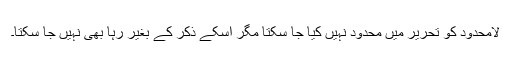
لامحدود کو تحریر میں محدود نہیں کیا جا سکتا مگر اسکے ذکر کے بغیر رہا بھی نہیں جا سکتا۔